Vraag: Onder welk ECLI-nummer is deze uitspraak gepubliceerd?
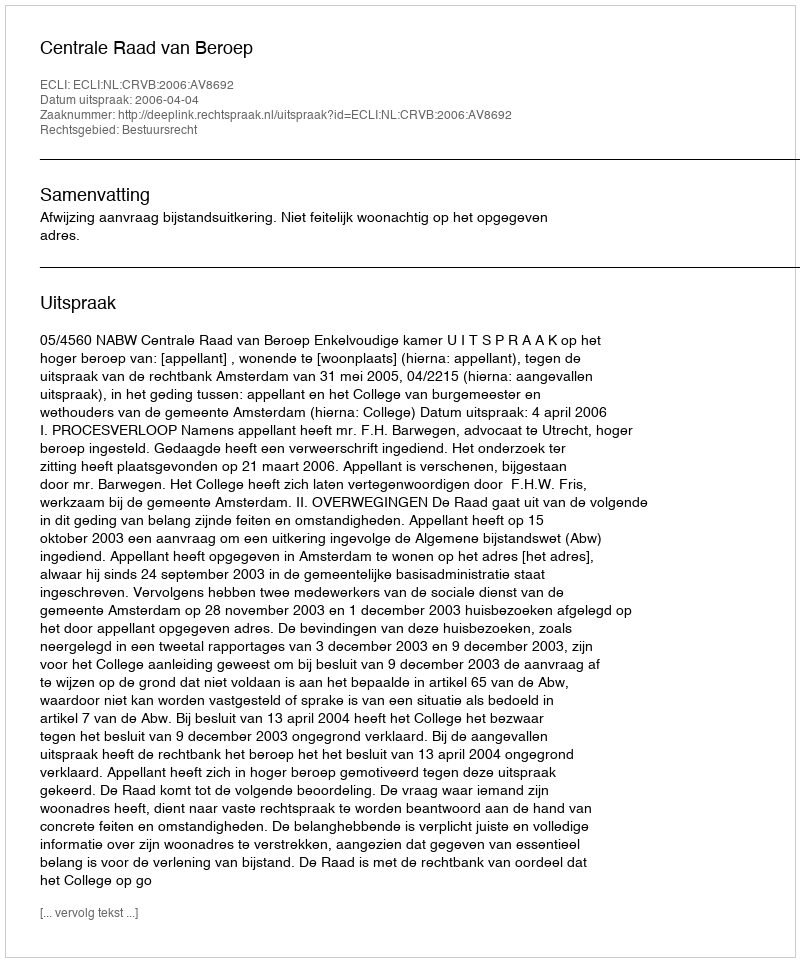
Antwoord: ECLI:NL:CRVB:2006:AV8692